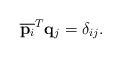
\begin{align*}\overline{{\bf p}_i}^T {\bf q} _j = \delta_{ij}.\end{align*}